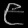
Digit: ၉